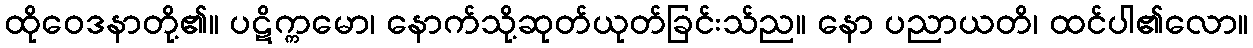
ထိုဝေဒနာတို့၏။ ပဋိက္ကမော၊ နောက်သို့ဆုတ်ယုတ်ခြင်းသ်ည။ နော ပညာယတိ၊ ထင်ပါ၏လော။